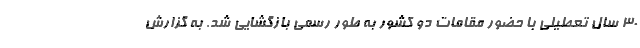
۳۰ سال تعطیلی با حضور مقامات دو کشور به طور رسمی بازگشایی شد. به گزارش